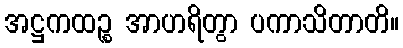
အဋ္ဌကထဉ္စ အာဟရိတွာ ပကာသိတာတိ။